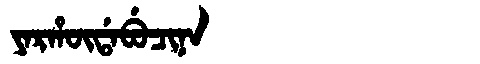
Manchu: ᠶᠠᡵᡥᡡᡩᠠᠪᡠᠴᡳᠨᠠ
Romanization: YARHŪDABUCINA